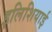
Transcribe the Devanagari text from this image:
इलिशियाई